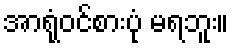
အာရုံဝင်စားပုံ မရဘူး။